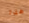
هذا